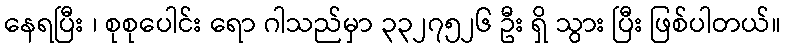
နေရပြီး ၊ စုစုပေါင်း ရော ဂါသည်မှာ ၃၃၂၇၅၂၆ ဦး ရှိ သွား ပြီး ဖြစ်ပါတယ်။